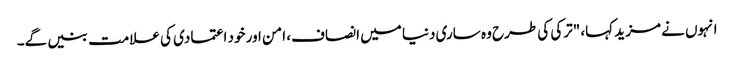
انہوں نے مزید کہا، "ترکی کی طرح وہ ساری دنیا میں انصاف، امن اور خود اعتمادی کی علامت بنیں گے۔